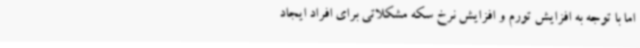
اما با توجه به افزایش تورم و افزایش نرخ سکه مشکلاتی برای افراد ایجاد